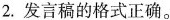
2.发言稿的格式正确。